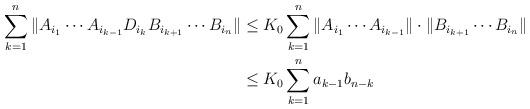
LaTeX: \begin{align*} \sum_{k=1}^n \|A_{i_1}\cdots A_{i_{k-1}}D_{i_{k}}B_{i_{k+1}} \cdots B_{i_n}\| &\leq K_0 \sum_{k=1}^n \|A_{i_1}\cdots A_{i_{k-1}}\| \cdot\|B_{i_{k+1}} \cdots B_{i_n}\|\\&\leq K_0\sum_{k=1}^n a_{k-1} b_{n-k}\end{align*}